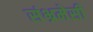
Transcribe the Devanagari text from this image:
संभ्रमेसी